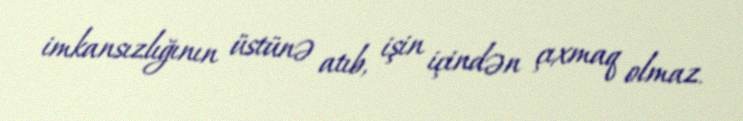
imkansızlığının üstünə atıb, işin içindən çıxmaq olmaz.